Report on lock hospitals in British Burma
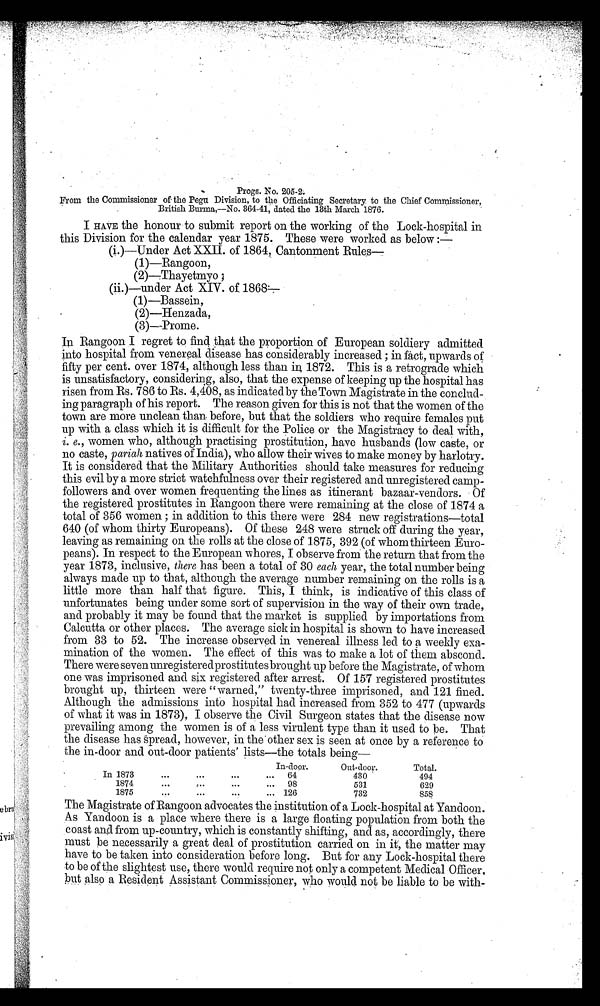
Progs. No.
From the Commissioner of the Pegu Division, to the Officiating Secretary. to the Chief Commissioner,
British Burma,—No. 364-41, dated the 13th March 1876.
I HAVE the honour to submit report on the working of the Lock-hospital in
this Division for the calendar year 1875. These were worked as below :—
(i.)—Under Act XXII. of 1864, Cantonment Rules
—
(1)—Rangoon,
(2)—Thayetmyo
(ii.)—under Act XIV. of 1868
—
(1)—Bassein,
(2)—Henzada,
(3)—Prome.
In Rangoon I regret to find that the proportion of European soldiery admitted
into hospital from venereal disease has considerably increased ; in fact, upwards of
fifty per cent. over 1874, although less than in 1872. This is a retrograde which
is unsatisfactory, considering, also, that the expense of keeping up the hospital has
risen from Rs. 786 to Rs. 4,408, as indicated by the Town Magistrate in the conclud-
ing paragraph of his report. The reason given for this is not that the women of the
town are more unclean than before, but that the soldiers who require females put
up with a class which it is difficult for the Police or the Magistracy to deal with,
i. e., women who, although practising prostitution, have husbands (low caste, or
no caste, pariah natives of India), who allow their wives to make money by harlotry.
It is considered that the Military Authorities should take measures for reducing
this evil by a more strict watchfulness over their registered and unregistered camp-
followers and over women frequenting the lines as itinerant bazaar-vendors. Of
the registered prostitutes in Rangoon there were remaining at the close of 1874 a
total of 356 women ; in addition to this there were 284 new registrations—total
640 (of whom thirty Europeans). Of these 248 were struck off during the year,
leaving as remaining on the rolls at the close of 1875, 392 (of whom thirteen Euro-
peans). In respect to the European whores, I observe from the return that from the
year 1873, inclusive, there has been a total of 30 each year, the total number being
always made up to that, although the average number remaining on the rolls is a
little more than half that figure. This, I think, is indicative of this class of
unfortunates being under some sort of supervision in the way of their own trade,
and probably it may be found that the market is supplied by importations from
Calcutta or other places. The average sick in hospital is shown to have increased
from 33 to 52. The increase observed in venereal illness led to a weekly exa-
mination of the women. The effect of this was to make a lot of them abscond.
There were seven unregistered prostitutes brought up before the Magistrate, of whom
one was imprisoned and six registered after arrest. Of 157 registered prostitutes
brought up, thirteen were "warned," twenty-three imprisoned, and 121 fined.
Although the admissions into hospital had increased from 352 to 477 (upwards
of what it was in 1873), I observe the Civil Surgeon states that the disease now
prevailing among the women is of a less virulent type than it used to be. That
the disease has spread, however, in the other sex is seen at once by a reference to
the in-door and out-door patients' lists—the totals bein
g —
In -door.
Out-door.
Total.
In 1873
...
...
...
...
64
430
494
1874
...
. . .
...
...
98
531
629
1875
...
...
•••
... 126
732
8 5 8
T h e M a g i s t r a t e o f R a n g o o n a d v o c a t e s t h e i n s t i t u t i o n o f a L o c k - h o s p i t a l a t y a n d o o n .
A s Y a n d o o n i s a p l a c e w h e r e t h e r e i s a l a r g e f l o a t i n g p o p u l a t i o n f r o m b o t h t h e
coast and from up-country, which is constantly shifting, and as, accordingly, there
must be necessarily a great deal of prostitution carried on in it, the matter may
have to be taken into consideration before long. But for any Lock-hospital there
to be of the slightest use, there would require not only a competent Medical Officer,
but also a Resident Assistant Commissioner, who would not be liable to be with-